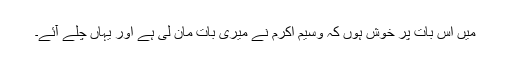
میں اس بات پر خوش ہوں کہ وسیم اکرم نے میری بات مان لی ہے اور یہاں چلے آئے۔